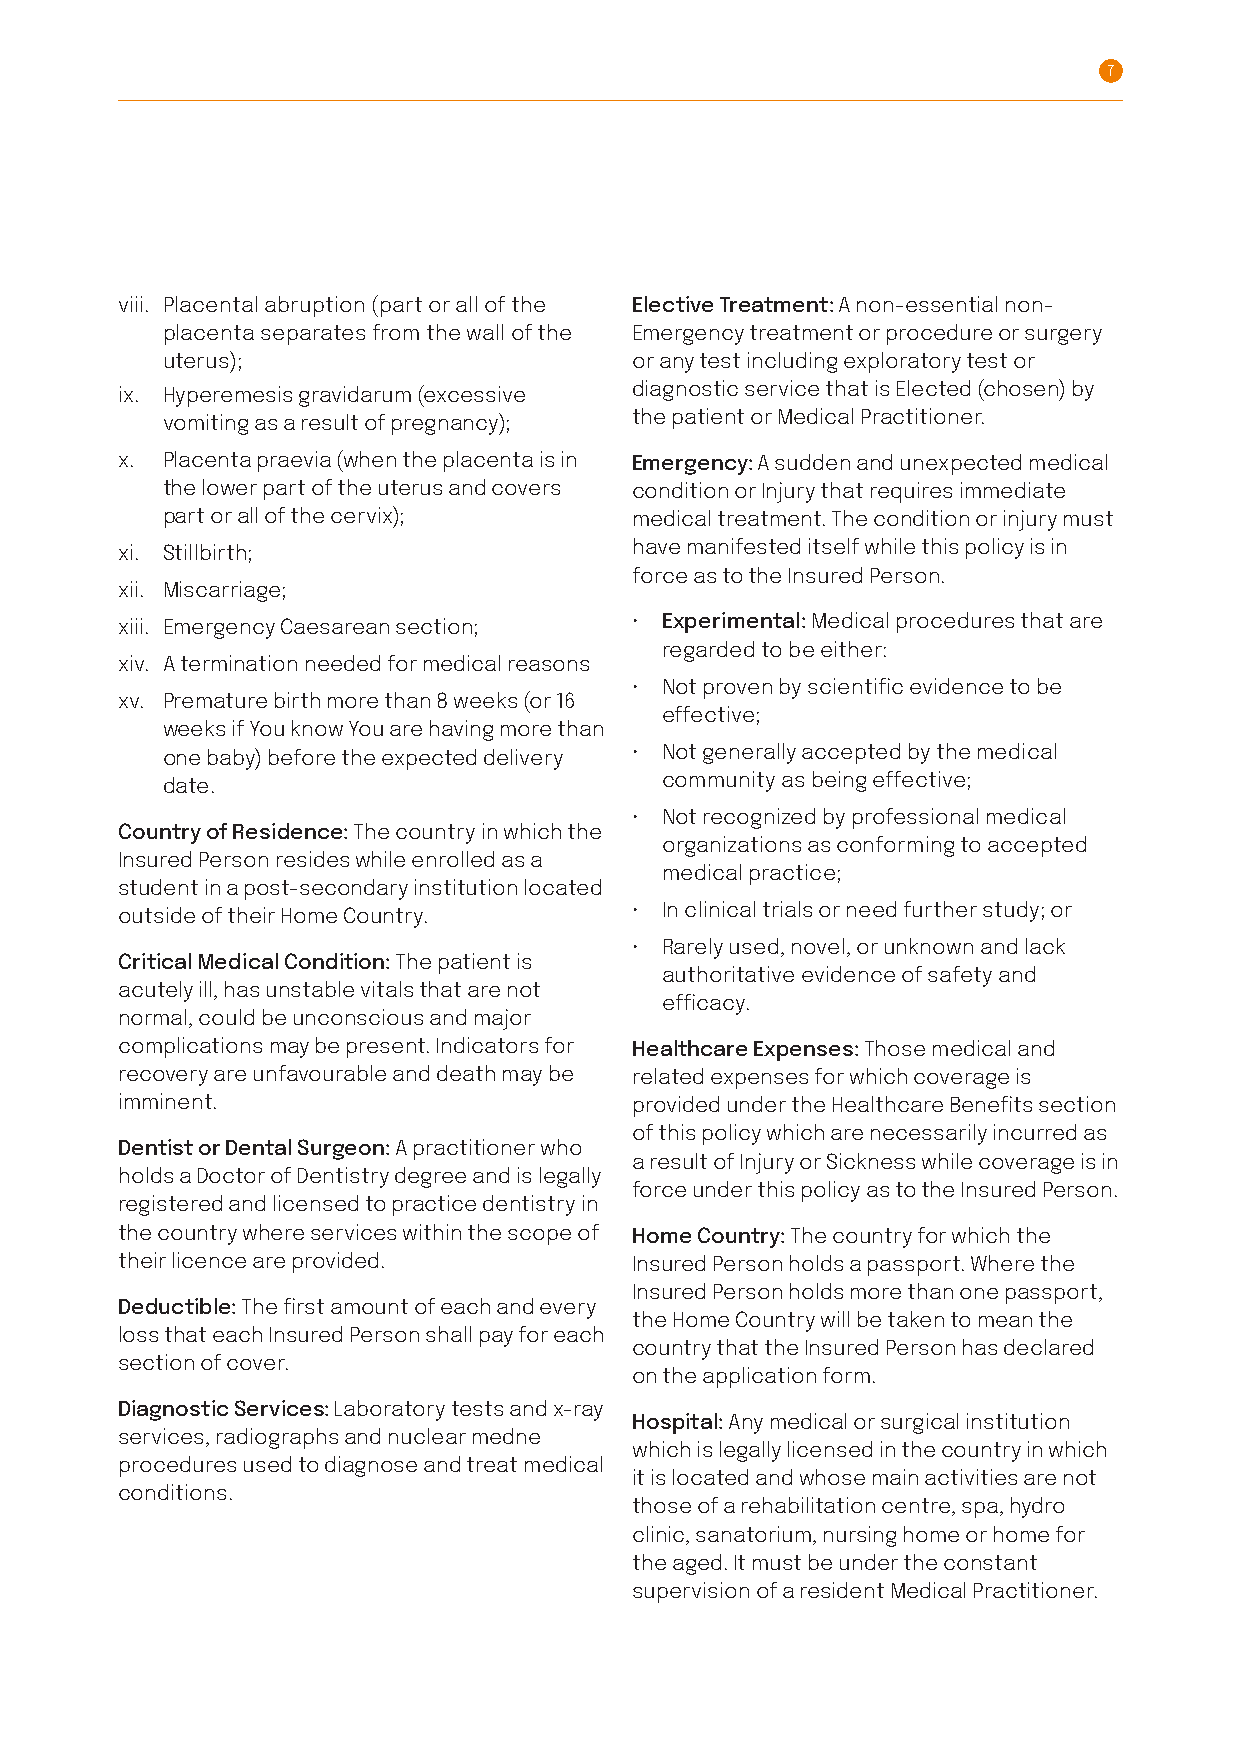
7
 viii. Placental abruption (part or all of the Elective Treatment: A non-essential non-
 placenta separates from the wall of the Emergency treatment or procedure or surgery
 uterus);                       or any test including exploratory test or
 ix. H yperemesis gravidarum (excessive diagnostic service that is Elected (chosen) by
 vomiting as a result of pregnancy); the patient or Medical Practitioner .
 x . P lacenta praevia (when the placenta is in Emergency: A sudden and unexpected medical
 the lower part of the uterus and covers condition or Injury that requires immediate
 part or all of the cervix);    medical treatment. The condition or injury must
 xi. Stillbirth;                   have manifested itself while this policy is in
 force as to the Insured Person .
 xii. Miscarriage;
 xiii. Emergency Caesarean section; • Experimental: Medical procedures that are
 regarded to be either:
 xiv . A termination needed for medical reasons
 • Not proven by scientific evidence to be
 xv. P remature birth more than 8 weeks (or 16
 effective;
 weeks if You know You are having more than
 one baby) before the expected delivery • Not generally accepted by the medical
 date .                           community as being effective;
 • Not recognized by professional medical
 Country of Residence: The country in which the
 organizations as conforming to accepted
 Insured Person resides while enrolled as a
 medical practice;
 student in a post-secondary institution located
 outside of their Home Country.    • In clinical trials or need further study; or
 • Rarely used, novel, or unknown and lack
 Critical Medical Condition: The patient is
 authoritative evidence of safety and
 acutely ill, has unstable vitals that are not
 efficacy.
 normal, could be unconscious and major
 complications may be present. Indicators for Healthcare Expenses: Those medical and
 recovery are unfavourable and death may be related expenses for which coverage is
 imminent .                        provided under the Healthcare Benefits section
 of this policy which are necessarily incurred as
 Dentist or Dental Surgeon: A practitioner who
 a result of Injury or Sickness while coverage is in
 holds a Doctor of Dentistry degree and is legally
 force under this policy as to the Insured Person.
 registered and licensed to practice dentistry in
 the country where services within the scope of Home Country: The country for which the
 their licence are provided .      Insured Person holds a passport. Where the
 Insured Person holds more than one passport,
 Deductible: The first amount of each and every
 the Home Country will be taken to mean the
 loss that each Insured Person shall pay for each
 country that the Insured Person has declared
 section of cover .
 on the application form .
 Diagnostic Services: Laboratory tests and x-ray
 Hospital: Any medical or surgical institution
 services, radiographs and nuclear medne
 which is legally licensed in the country in which
 procedures used to diagnose and treat medical
 it is located and whose main activities are not
 conditions .
 those of a rehabilitation centre, spa, hydro
 clinic, sanatorium, nursing home or home for
 the aged. It must be under the constant
 supervision of a resident Medical Practitioner .